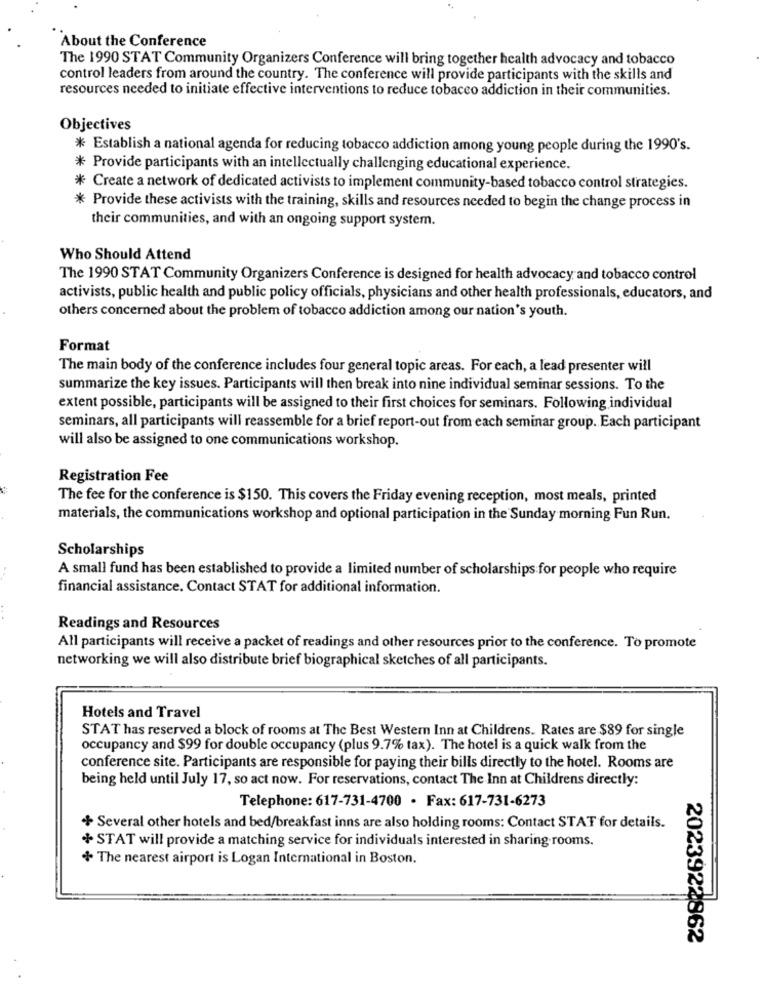
About the Conference
The 1990 STAT Community Organizers Conference will bring together health advocacy and tobacco
control leaders from around the country. The conference will provide participants with the skills and
resources needed to initiate effective interventions to reduce tobacco addiction in their communities.
Objectives
* Establish a national agenda for reducing tobacco addiction among young people during the 1990's.
* Provide participants with an intellectually challenging educational experience.
* Create a network of dedicated activists to implement community-based tobacco control strategies.
* Provide these activists with the training, skills and resources needed to begin the change process in
their communities, and with an ongoing support system.
Who Should Attend
The 1990 STAT Community Organizers Conference is designed for health advocacy and tobacco control
activists, public health and public policy officials, physicians and other health professionals, educators, and
others concerned about the problem of tobacco addiction among our nation's youth.
Format
The main body of the conference includes four general topic areas. For each, a lead presenter will
summarize the key issues. Participants will then break into nine individual seminar sessions. To the
extent possible, participants will be assigned to their first choices for seminars. Following individual
seminars, all participants will reassemble for a brief report-out from each seminar group. Each participant
will also be assigned to one communications workshop.
Registration Fee
The fee for the conference is $150. This covers the Friday evening reception, most meals, printed
materials, the communications workshop and optional participation in the Sunday morning Fun Run.
Scholarships
A small fund has been established to provide a limited number of scholarships for people who require
financial assistance. Contact STAT for additional information.
Readings and Resources
All participants will receive a packet of readings and other resources prior to the conference. To promote
networking we will also distribute brief biographical sketches of all participants.
Hotels and Travel
STAT has reserved a block of rooms at The Best Western Inn at Childrens. Rates are $89 for single
occupancy and $99 for double occupancy (plus 9.7% tax). The hotel is a quick walk from the
conference site. Participants are responsible for paying their bills directly to the hotel. Rooms are
being held until July 17, so act now. For reservations, contact The Inn at Childrens directly:
Telephone: 617-731-4700 · Fax: 617-731-6273
+ Several other hotels and bed/breakfast inns are also holding rooms: Contact STAT for details.
+ STAT will provide a matching service for individuals interested in sharing rooms.
+ The nearest airport is Logan International in Boston.
2023922862